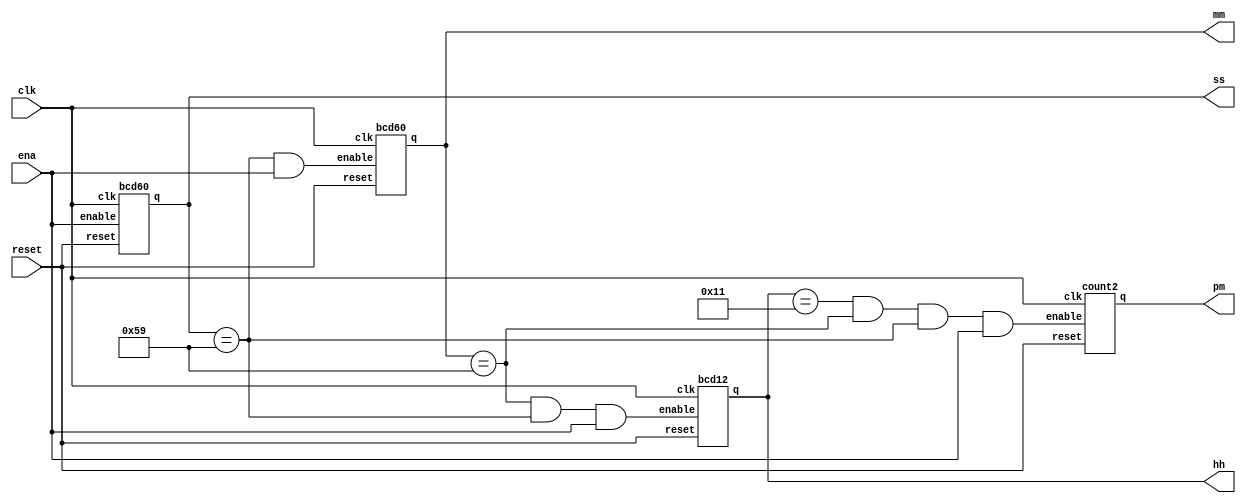
module top_module(
    input clk,
    input reset,
    input ena,
    output pm,
    output [7:0] hh,
    output [7:0] mm,
    output [7:0] ss
); 

wire u_count2_am_pm_en, u_bcd12_hh_en, u_bcd60_mm_en;

assign u_count2_am_pm_en = (hh == 8'h11) & (mm == 8'h59) & (ss == 8'h59) & ena;
assign u_bcd12_hh_en = (mm == 8'h59) & (ss == 8'h59) & ena;
assign u_bcd60_mm_en = (ss == 8'h59) & ena;

count2 u_count2_am_pm(
    .clk(clk),
    .reset(reset),
    .enable(u_count2_am_pm_en),
    .q(pm)
);

bcd12 u_bcd12_hh(
    .clk(clk),
    .reset(reset),
    .enable(u_bcd12_hh_en),
    .q(hh)
);

bcd60 u_bcd60_mm(
    .clk(clk),
    .reset(reset),
    .enable(u_bcd60_mm_en),
    .q(mm)
);

bcd60 u_bcd60_ss(
    .clk(clk),
    .reset(reset),
    .enable(ena),
    .q(ss)
);

endmodule

//--------------------------------------------------------

module count2(
    input clk,
    input reset,
    input enable,
    output reg q
);

always @(posedge clk) begin
    if(reset) begin
        q = 1'b0;
    end else if(enable) begin
        q = q + 1'b1;
    end
end

endmodule

//--------------------------------------------------------

module bcd12(
  input clk,
  input reset,
  input enable,
  output [7:0] q
);

reg [3:0] digit1, digit2;

always @(posedge clk) begin
    if(reset) begin
        digit2 <= 4'h1;
        digit1 <= 4'h2;
    end else if(enable) begin
        if(digit2 == 4'h1 & digit1 == 4'h2) begin
            digit1 <= 4'h1;
            digit2 <= 4'h0;
        end else begin
            if(digit1 == 4'h9) begin
                digit2 <= digit2 + 4'h1;
                digit1 <= 4'h0;
            end else begin
                digit1 <= digit1 + 4'h1;
            end
        end
    end
end

assign q = {digit2, digit1};

endmodule

//--------------------------------------------------------

module bcd60(
    input clk,
    input reset,
    input enable,
    output [7:0] q
);

reg [3:0] digit1, digit2;

always @(posedge clk) begin
    if(reset) begin
        digit2 <= 4'h0;
        digit1 <= 4'h0;
    end else if(enable) begin
        if(digit2 == 4'h5 & digit1 == 4'h9) begin
            digit1 <= 4'h0;
            digit2 <= 4'h0;
        end else begin
            if(digit1 == 4'h9) begin
                digit2 <= digit2 + 4'h1;
                digit1 <= 4'h0;
            end else begin
                digit1 <= digit1 + 4'h1;
            end
        end
    end
end

assign q = {digit2, digit1};

endmodule